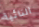
النائية